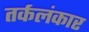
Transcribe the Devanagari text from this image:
तर्कलंकार